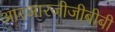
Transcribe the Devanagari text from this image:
आरआरजीजीबीबी